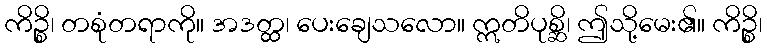
ကိဉ္စိ၊ တစုံတရာကို။ အဒတ္ထ၊ ပေးချေသလော။ ဣတိပုစ္ဆိ၊ ဤသို့မေး၏။ ကိဉ္စိ၊